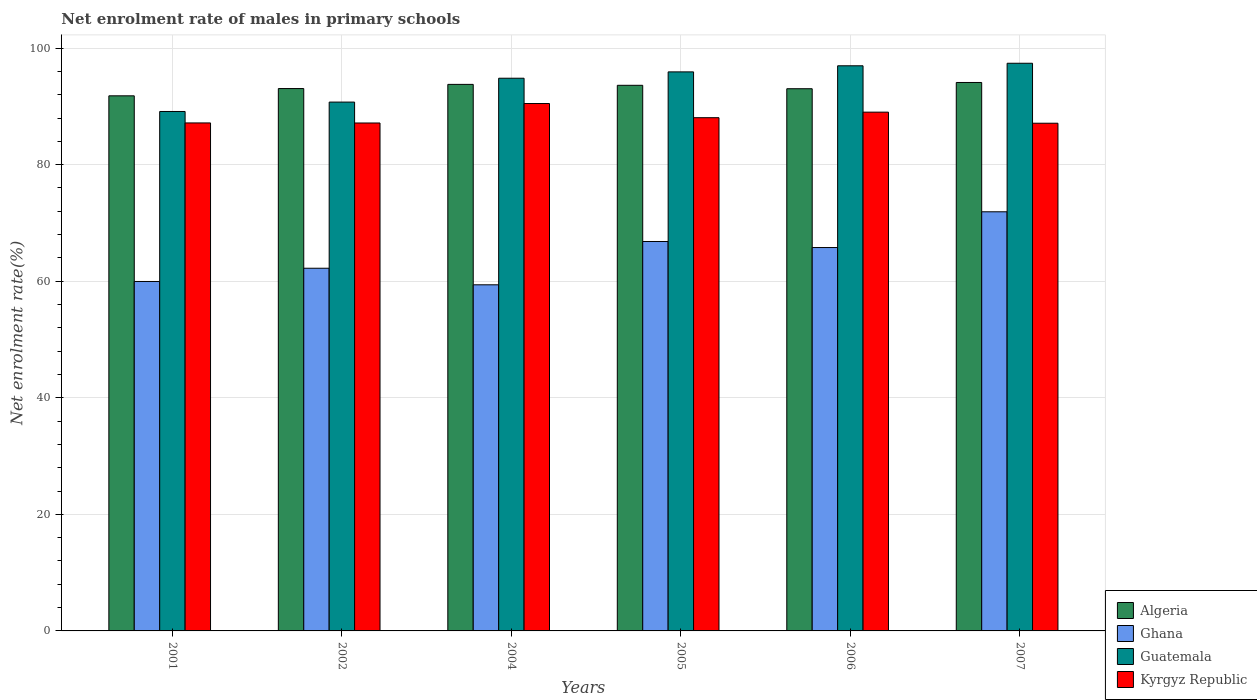
| Years | Algeria | Ghana | Guatemala | Kyrgyz Republic |
 | --- | --- | --- | --- | --- |
 | 2001 | 91.8 | 60 | 89.1 | 87.2 |
 | 2002 | 93.1 | 62.2 | 90.7 | 87.2 |
 | 2004 | 93.8 | 59.4 | 94.8 | 90.5 |
 | 2005 | 93.6 | 66.8 | 95.9 | 88.1 |
 | 2006 | 93 | 65.8 | 97 | 89 |
 | 2007 | 94.1 | 71.9 | 97.4 | 87.1 |